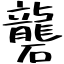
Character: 礱